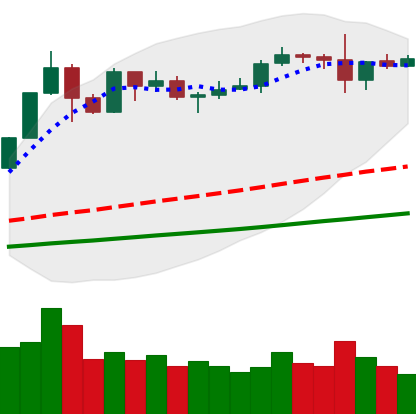
Ticker: ETH-USD
Chart end date: 2019-06-02
Forward return: -7.14%
Label: down_7plus